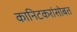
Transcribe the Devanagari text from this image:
कानिटकरांसोबत